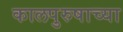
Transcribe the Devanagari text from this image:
कालपुरुषाच्या